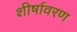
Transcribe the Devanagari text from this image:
शीर्षावरण